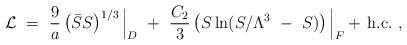
\begin{align*}{\cal L} ~=~\frac{9}{a}\left( \bar S S \right)^{1/3}\Big|_D ~+~ \frac{C_2}{3} \left(S\ln (S/ \Lambda^3~-~S) \right)\Big|_F+ \, \mbox{h.c.}~,\end{align*}